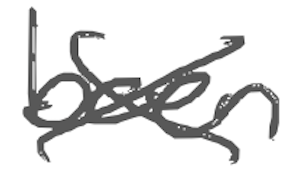
Text: been
Cross-out: cross
Writing tool: digital_gray